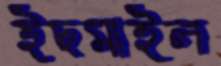
ইছমাইল